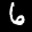
Label: 6